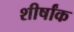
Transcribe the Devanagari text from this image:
शीर्षांक